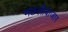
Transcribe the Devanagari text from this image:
मछलीबाजार